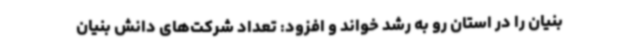
بنیان را در استان رو به رشد خواند و افزود: تعداد شرکت‌های دانش بنیان